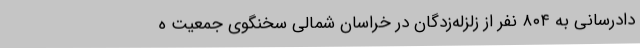
دادرسانی به ۸۰۴ نفر از زلزله‌زدگان در خراسان شمالی سخنگوی جمعیت ه